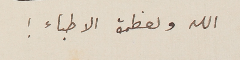
الله ولعظمة الاطباء !